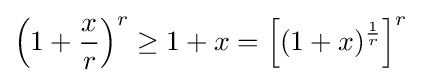
\left(1+{\frac {x}{r}}\right)^{r}\geq 1+x=\left[(1+x)^{\frac {1}{r}}\right]^{r}